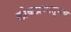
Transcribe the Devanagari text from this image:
लोकप्रभातूनच